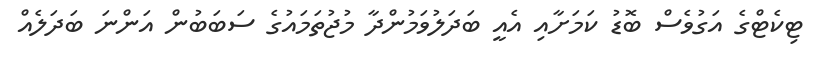
ޓިކެޓްގެ އަގުވެސް ބޮޑު ކަމަށާއި އެއީ ބަދަލުވަމުންދާ މުޖުތަމައުގެ ސަބަބުން އަންނަ ބަދަލެއް